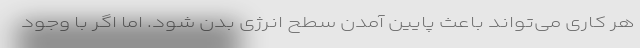
هر کاری می‌تواند باعث پایین آمدن سطح انرژی بدن شود. اما اگر با وجود